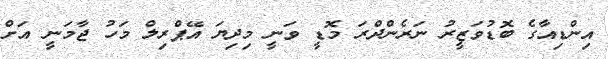
އިންޑިއާގެ ބޮޑުވަޒީރު ނަރެންދްރަ މޮޑީ ވަނީ މިދިޔަ އޭޕްރިލް މަހު ޖާމަނީ އަށް